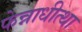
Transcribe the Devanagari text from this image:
फेन्नाधीत्था